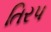
તિરપ